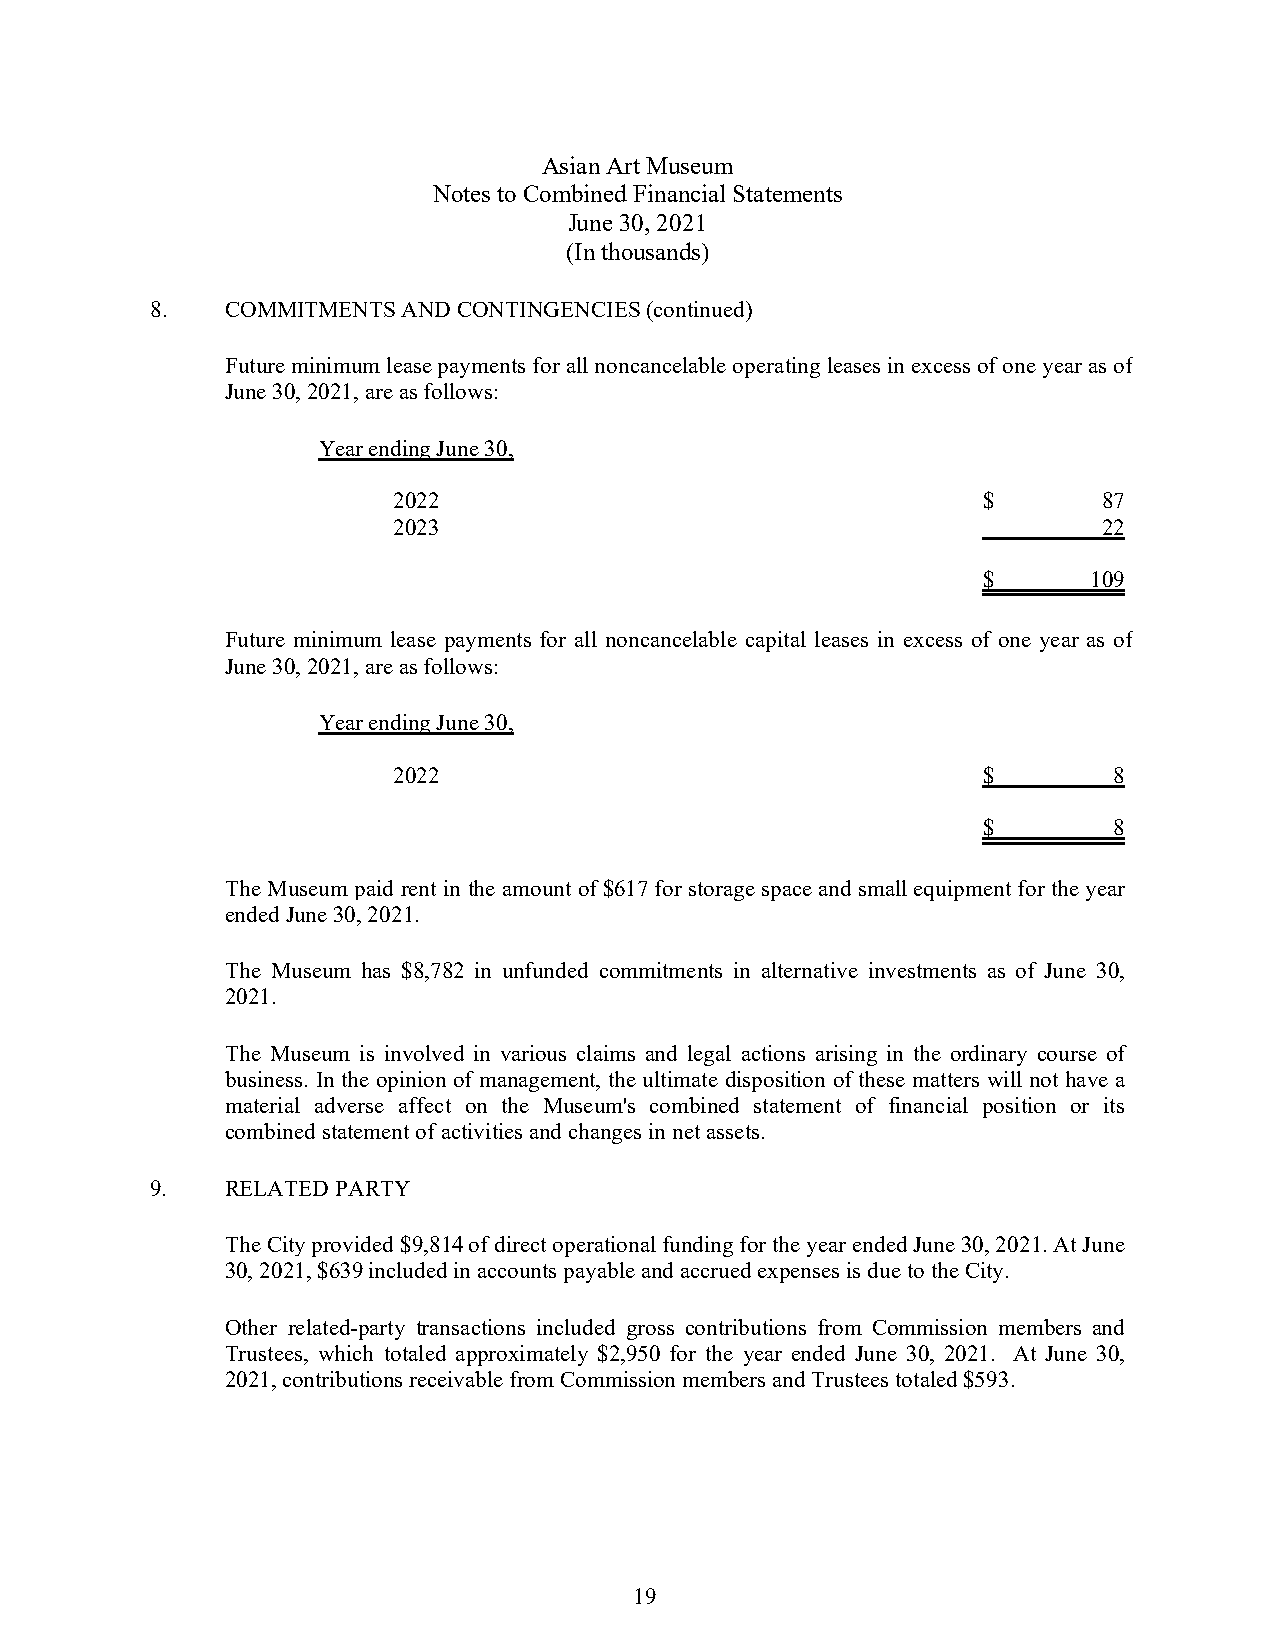
Asian Art Museum
 Notes to Combined Financial Statements
 June 30, 2021
 (In thousands)
 8.   COMMITMENTS AND CONTINGENCIES (continued)
 Future minimum lease payments for all noncancelable operating leases in excess of one year as of
 June 30, 2021, are as follows:
 Year ending June 30,
 2022                                   $       87
 2023                                           22
 $      109
 Future minimum lease payments for all noncancelable capital leases in excess of one year as of
 June 30, 2021, are as follows:
 Year ending June 30,
 2022                                   $        8
 $        8
 The Museum paid rent in the amount of $617 for storage space and small equipment for the year
 ended June 30, 2021.
 The Museum has $8,782 in unfunded commitments in alternative investments as of June 30,
 2021.
 The Museum is involved in various claims and legal actions arising in the ordinary course of
 business. In the opinion of management, the ultimate disposition of these matters will not have a
 material adverse affect on the Museum's combined statement of financial position or its
 combined statement of activities and changes in net assets.
 9.   RELATED PARTY
 The City provided $9,814 of direct operational funding for the year ended June 30, 2021. At June
 30, 2021, $639 included in accounts payable and accrued expenses is due to the City.
 Other related-party transactions included gross contributions from Commission members and
 Trustees, which totaled approximately $2,950 for the year ended June 30, 2021. At June 30,
 2021, contributions receivable from Commission members and Trustees totaled $593.
 19